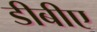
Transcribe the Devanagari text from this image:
डीबीए